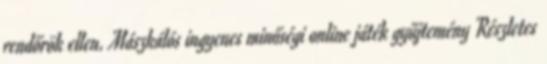
rendőrök ellen. Mászkálós ingyenes minőségi online játék gyűjtemény Részletes